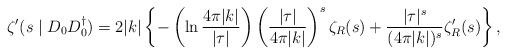
LaTeX: \begin{align*}\zeta '(s\mid D_0D_0^{\dagger})=2|k|\left\{-\left(\ln\frac {4\pi|k|}{|\tau|}\right)\left(\frac{|\tau|}{4\pi|k|}\right)^s \zeta _R(s)+\frac {|\tau|^s}{(4\pi|k|)^s}\zeta'_R(s) \right\},\end{align*}